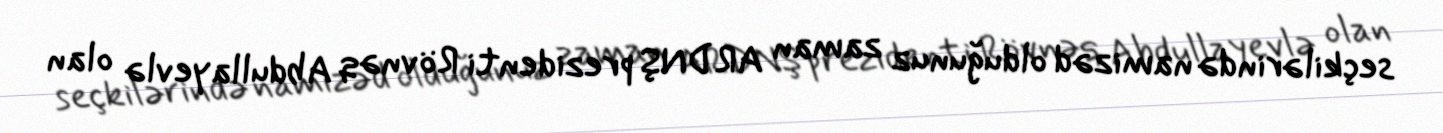
seçkilərində namizəd olduğunuz zaman ARDNŞ prezidenti Rövnəq Abdullayevlə olan